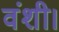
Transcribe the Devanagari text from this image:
वंशी।